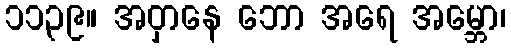
၁၁၃၉။ အဝှာနေ ဘော အရေ အမ္ဘော၊